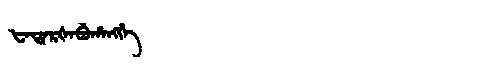
Manchu: ᡶᠠᡨᠠᡵᡧᠠᠪᡠᡥᠠᠩᡤᡝ
Romanization: FATARŠABUHANGGE